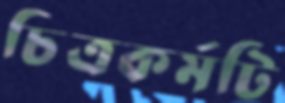
চিত্রকর্মটি